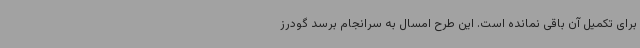
برای تکمیل آن باقی نمانده است. این طرح امسال به سرانجام برسد گودرز